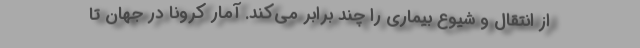
از انتقال و شیوع بیماری را چند برابر می‌کند. آمار کرونا در جهان تا